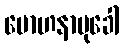
မောဟနာမုခေါ